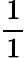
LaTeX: \frac{1}{1}